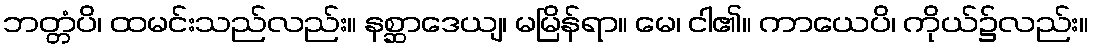
ဘတ္တံပိ၊ ထမင်းသည်လည်း။ နစ္ဆာဒေယျ၊ မမြိန်ရာ။ မေ၊ ငါ၏။ ကာယေပိ၊ ကိုယ်၌လည်း။